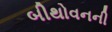
બીથોવનની